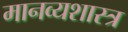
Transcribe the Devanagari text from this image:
मानव्यशास्त्र